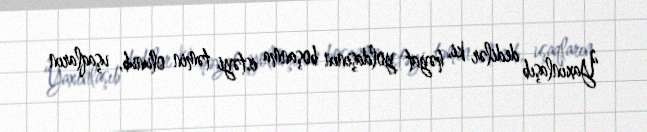
“Yaxınlaşıb dedilər ki, həyat yoldaşının boşanma istəyi təmin olunub, uşaqların